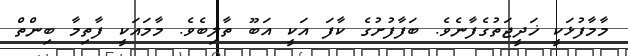
މާމާފުޅަކީ ޚަދީޖަތުގެފާނެވެ. ބަފާފުށުގެ ކާފަ އަކީ އަބޫ ތާލިބެވެ. މާމައަކީ ފާތިމާ ބިންތް